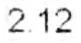
2.12